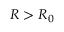
R > { R _ { 0 } }